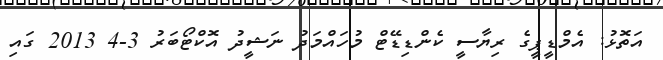
އަތޮޅު: އެމްޑީޕީގެ ރިޔާސީ ކެންޑިޑޭޓް މުހައްމަދު ނަޝީދު އޮކްޓޯބަރު 3-4 2013 ގައި